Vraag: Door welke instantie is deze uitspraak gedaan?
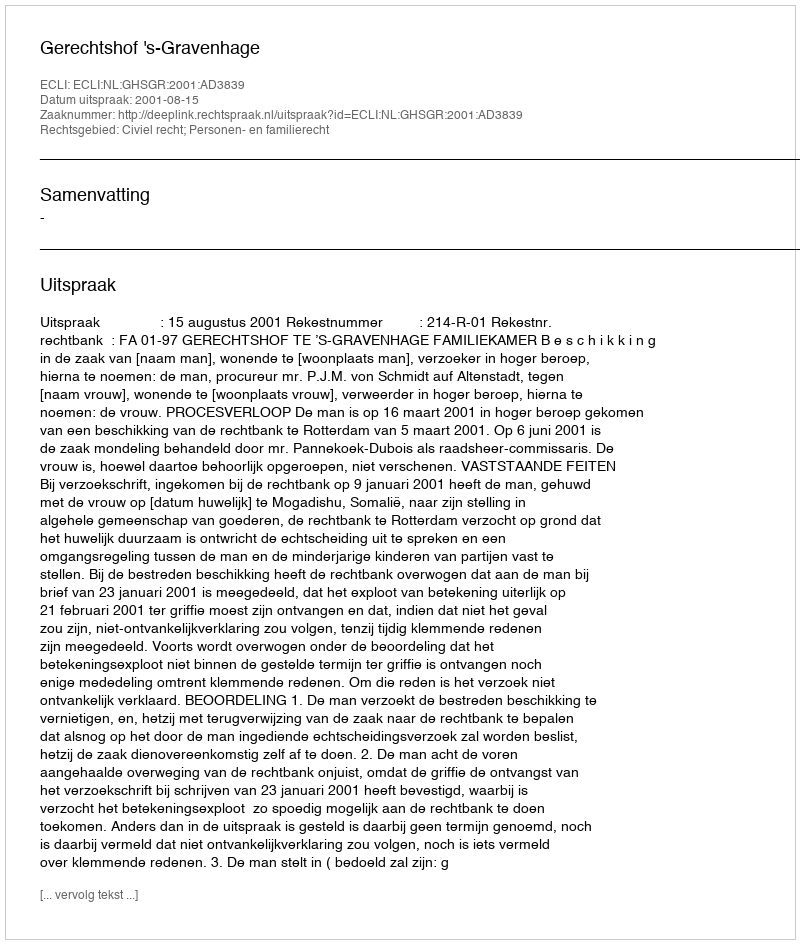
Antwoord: Gerechtshof 's-Gravenhage